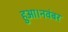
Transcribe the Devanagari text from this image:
हुआ।नवंबर